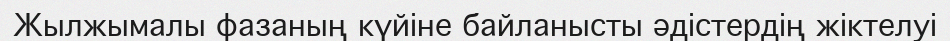
Жылжымалы фазаның күйіне байланысты әдістердің жіктелуі